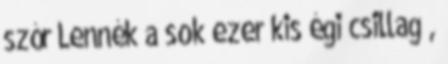
szór Lennék a sok ezer kis égi csillag ,